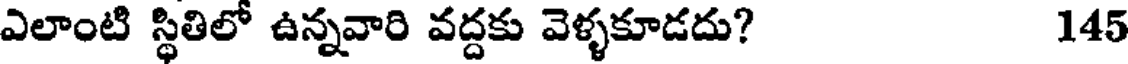
ఎలాంటి స్థితిలో ఉన్నవారి వద్దకు వెళ్ళకూడదు? 145